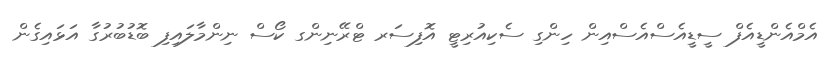
އެމްއެންޑީއެފް ސީޑީއެސްއެސްއިން ހިންގި ސެކިއުރިޓީ އޮފިސަރ ޓްރޭނިންގ ކޯސް ނިންމާލައިފި ބޮޑުބުރުގާ އަޅައިގެން